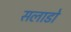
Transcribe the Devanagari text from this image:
सलाडो